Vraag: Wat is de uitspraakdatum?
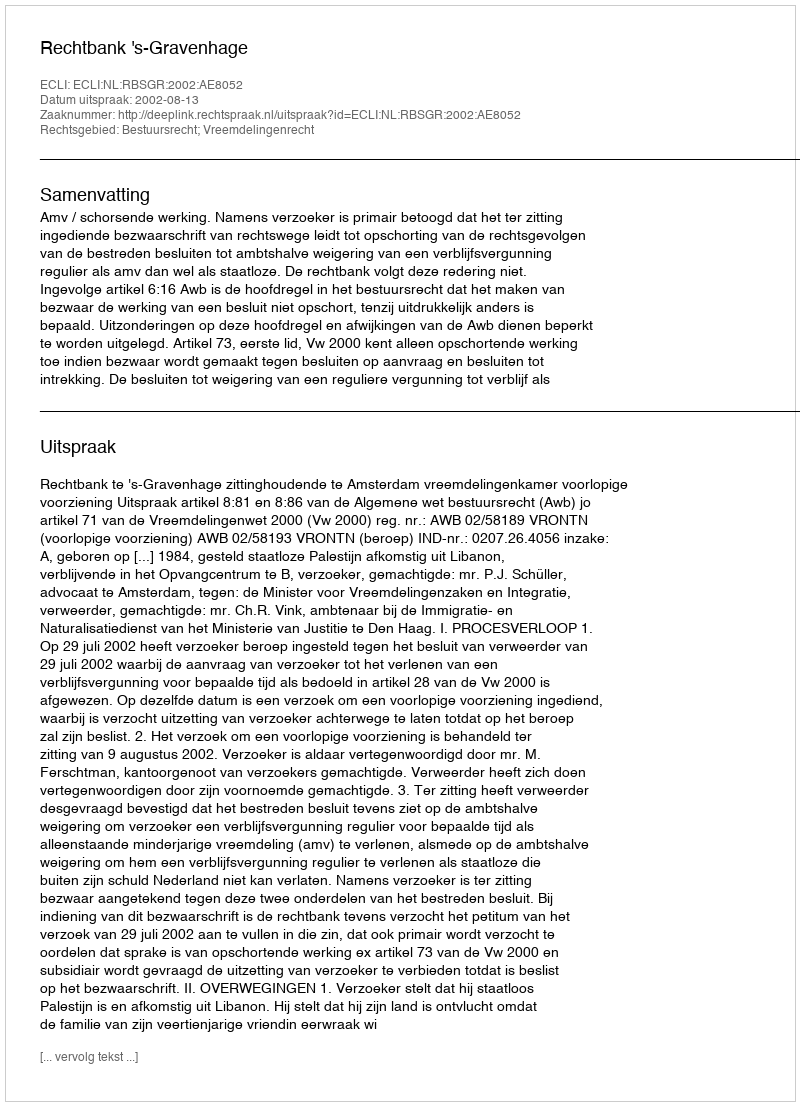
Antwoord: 2002-08-13